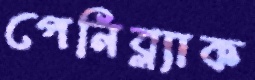
পেনিব্ল্যাক